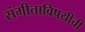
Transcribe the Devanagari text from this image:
संगीताविषयीची